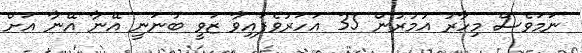
ނަމަވެސް މިހާރު އުމުރުން 35 އަހަރުވެފައިވާ ޒަވީ ބުނަނީ އޭނާ އޭނާ އަށް